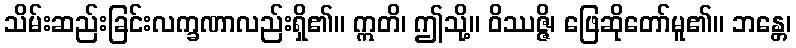
သိမ်းဆည်းခြင်းလက္ခဏာလည်းရှိ၏။ ဣတိ၊ ဤသို့။ ဝိဿဇ္ဇိ၊ ဖြေဆိုတော်မူ၏။ ဘန္တေ၊